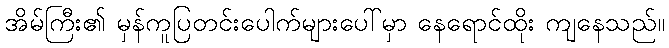
အိမ်ကြီး၏ မှန်ကူပြတင်းပေါက်များပေါ်မှာ နေရောင်ထိုး ကျနေသည်။